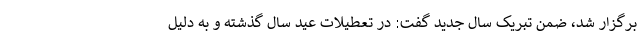
برگزار شد، ضمن تبریک سال جدید گفت: در تعطیلات عید سال گذشته و به دلیل